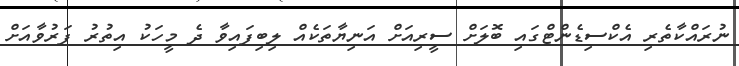
ނުރައްކާތެރި އެކްސިޑެންޓްގައި ބޮލަށް ސީރިއަށް އަނިޔާތަކެއް ލިބިފައިވާ ދެ މީހަކު އިތުރު ފަރުވާއަށް